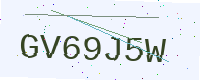
Text: GV69J5W